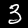
Label: 3